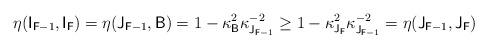
LaTeX: \begin{align*}\eta(\mathsf{I}_{\mathsf{F}-1},\mathsf{I}_{\mathsf{F}})=\eta(\mathsf{J}_{\mathsf{F}-1},\mathsf{B})=1-\kappa^2_{\mathsf{B}}\kappa^{-2}_{\mathsf{J}_{\mathsf{F}-1}}\geq 1-\kappa^2_{\mathsf{J}_{\mathsf{F}}}\kappa^{-2}_{\mathsf{J}_{\mathsf{F}-1}}=\eta(\mathsf{J}_{\mathsf{F}-1},\mathsf{J}_{\mathsf{F}})\end{align*}